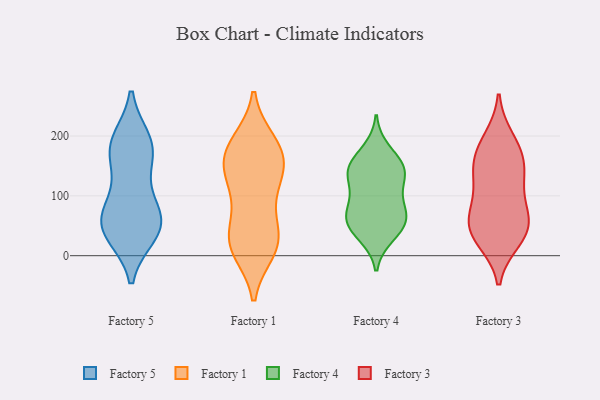
{"axis": {"x": "Backlog", "y": "Value"}, "legend": ["Factory 1", "Factory 3", "Factory 4", "Factory 5"], "data": [{"x": "", "y": 37, "type": "Factory 5"}, {"x": "", "y": 108, "type": "Factory 5"}, {"x": "", "y": 41, "type": "Factory 5"}, {"x": "", "y": 184, "type": "Factory 5"}, {"x": "", "y": 62, "type": "Factory 5"}, {"x": "", "y": 160, "type": "Factory 5"}, {"x": "", "y": 168, "type": "Factory 5"}, {"x": "", "y": 35, "type": "Factory 5"}, {"x": "", "y": 192, "type": "Factory 5"}, {"x": "", "y": 70, "type": "Factory 5"}, {"x": "", "y": 72, "type": "Factory 5"}, {"x": "", "y": 193, "type": "Factory 5"}, {"x": "", "y": 51, "type": "Factory 5"}, {"x": "", "y": 189, "type": "Factory 1"}, {"x": "", "y": 153, "type": "Factory 1"}, {"x": "", "y": 174, "type": "Factory 1"}, {"x": "", "y": 105, "type": "Factory 1"}, {"x": "", "y": 151, "type": "Factory 1"}, {"x": "", "y": 25, "type": "Factory 1"}, {"x": "", "y": 169, "type": "Factory 1"}, {"x": "", "y": 22, "type": "Factory 1"}, {"x": "", "y": 10, "type": "Factory 1"}, {"x": "", "y": 19, "type": "Factory 1"}, {"x": "", "y": 24, "type": "Factory 1"}, {"x": "", "y": 110, "type": "Factory 1"}, {"x": "", "y": 184, "type": "Factory 1"}, {"x": "", "y": 55, "type": "Factory 1"}, {"x": "", "y": 136, "type": "Factory 1"}, {"x": "", "y": 63, "type": "Factory 4"}, {"x": "", "y": 77, "type": "Factory 4"}, {"x": "", "y": 154, "type": "Factory 4"}, {"x": "", "y": 135, "type": "Factory 4"}, {"x": "", "y": 139, "type": "Factory 4"}, {"x": "", "y": 144, "type": "Factory 4"}, {"x": "", "y": 59, "type": "Factory 4"}, {"x": "", "y": 43, "type": "Factory 4"}, {"x": "", "y": 54, "type": "Factory 4"}, {"x": "", "y": 34, "type": "Factory 4"}, {"x": "", "y": 176, "type": "Factory 4"}, {"x": "", "y": 84, "type": "Factory 4"}, {"x": "", "y": 106, "type": "Factory 4"}, {"x": "", "y": 140, "type": "Factory 4"}, {"x": "", "y": 167, "type": "Factory 3"}, {"x": "", "y": 46, "type": "Factory 3"}, {"x": "", "y": 144, "type": "Factory 3"}, {"x": "", "y": 71, "type": "Factory 3"}, {"x": "", "y": 133, "type": "Factory 3"}, {"x": "", "y": 26, "type": "Factory 3"}, {"x": "", "y": 195, "type": "Factory 3"}, {"x": "", "y": 55, "type": "Factory 3"}, {"x": "", "y": 184, "type": "Factory 3"}, {"x": "", "y": 147, "type": "Factory 3"}, {"x": "", "y": 108, "type": "Factory 3"}, {"x": "", "y": 45, "type": "Factory 3"}, {"x": "", "y": 75, "type": "Factory 3"}, {"x": "", "y": 28, "type": "Factory 3"}]}